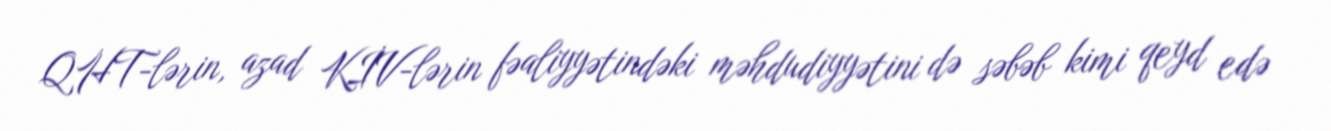
QHT-lərin, azad KİV-lərin fəaliyyətindəki məhdudiyyətini də səbəb kimi qeyd edə